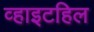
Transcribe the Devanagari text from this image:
व्हाइटहिल